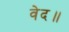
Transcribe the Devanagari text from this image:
वेद॥